Civil Veterinary Dept. North-West Frontier Province 1933-46 - 1933-1946
Year: 1933
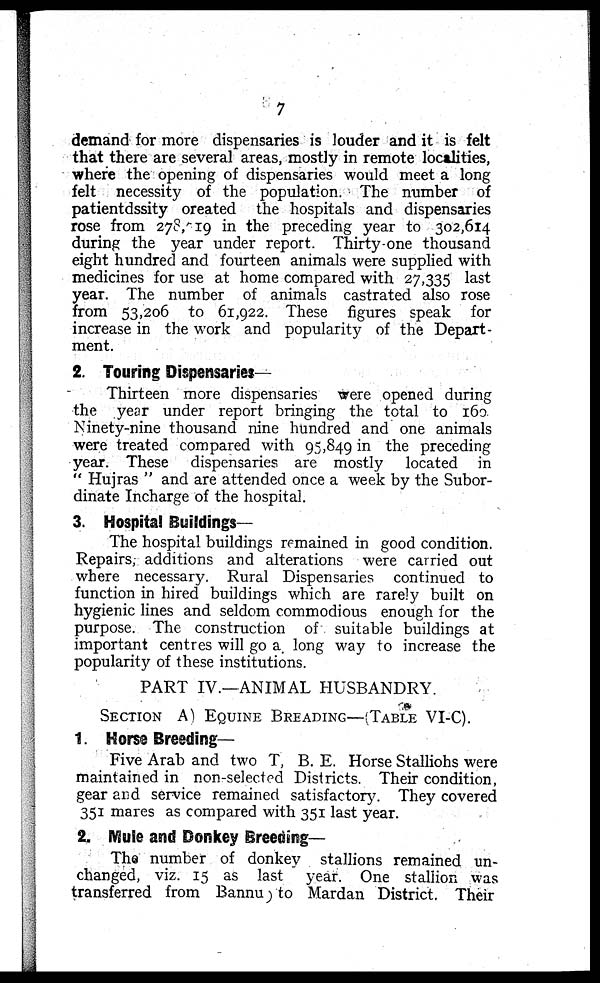
7
demand for more dispensaries is louder and it is felt
that there are several areas, mostly in remote localities,
where the opening of dispensaries would meet a long
felt necessity of the population. The number of
patientdssity oreated the hospitals and dispensaries
rose from 278,219 in the preceding year to 302,614
during the year under report. Thirty-one thousand
eight hundred and fourteen animals were supplied with
medicines for use at home compared with 27,335 last
year. The number of animals castrated also rose
from 53,206 to 61,922. These figures speak for
increase in the work and popularity of the Depart-
ment.
2. Touring Dispensaries—
Thirteen more dispensaries were opened during
the year under report bringing the total to 160
Ninety-nine thousand nine hundred and one animals
were treated compared with 95,849 in the preceding
year. These dispensaries are mostly located in
" Hujras " and are attended once a week by the Subor-
dinate Incharge of the hospital.
3. Hospital Buildings—
The hospital buildings remained in good condition.
Repairs, additions and alterations were carried out
where necessary. Rural Dispensaries continued to
function in hired buildings which are rarely built on
hygienic lines and seldom commodious enough for the
purpose. The construction of suitable buildings at
important centres will go a long way to increase the
popularity of these institutions.
PART IV.—ANIMAL HUSBANDRY.
SECTION A) EQUINE BREADING—(TABLE VI-C).
1. Horse Breeding-
Five Arab and two T, B. E. Horse Stalliohs were
maintained in non-selected Districts. Their condition,
gear and service remained satisfactory. They covered
351 mares as compared with 351 last year.
2. Mule and Donkey Breeding—
The number of donkey stallions remained un-
changed, viz. 15 as last year. One stallion was
transferred from Bannu to Mardan District. Their